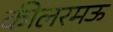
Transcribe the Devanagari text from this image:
कीलरमऊ